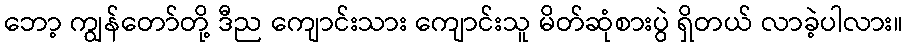
ဘော့ ကျွန်တော်တို့ ဒီည ကျောင်းသား ကျောင်းသူ မိတ်ဆုံစားပွဲ ရှိတယ် လာခဲ့ပါလား။